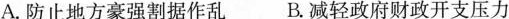
A.防止地方豪强割据作乱B.减轻政府财政开支压力